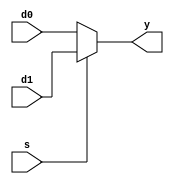
module mux #(parameter WIDTH = 16)
             (input  [WIDTH-1:0] d0, d1, 
              input              s, 
              output [WIDTH-1:0] y);

   assign y = s ? d1 : d0; 
endmodule